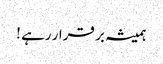
ہمیشہ بر قرار رہے !